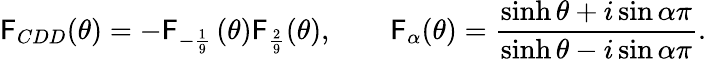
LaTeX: \mathsf{F}_{CDD}(\theta)=-\mathsf{F}_{-\frac{{1}}{{9}}}\, (\theta)\mathsf{F}_{\frac{{2}}{{9}}}(\theta),\qquad\mathsf{F}_{\alpha}(\theta)={\frac{{\sinh\theta+i\sin\alpha\pi}}{{\sinh\theta-i\sin\alpha\pi}}}.